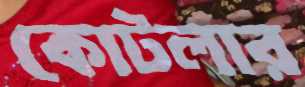
কোটলার